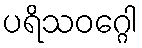
ပရိသဝဂ္ဂေါ